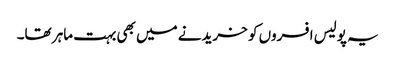
یہ پولیس افسروں کو خریدنے میں بھی بہت ماہر تھا۔